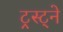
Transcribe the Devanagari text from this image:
ट्रस्ट्ने